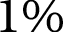
1 \%